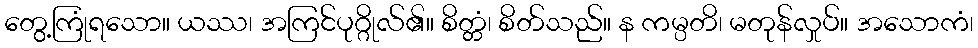
တွေ့ကြုံရသော။ ယဿ၊ အကြင်ပုဂ္ဂိုလ်၏။ စိတ္တံ၊ စိတ်သည်။ န ကမ္ပတိ၊ မတုန်လှုပ်။ အသောကံ၊